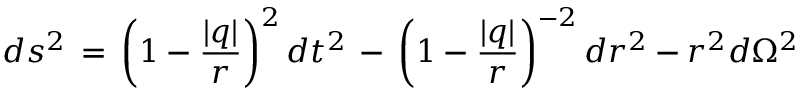
d s ^ { 2 } \, = \, \left( 1 - \frac { | q | } { r } \right) ^ { 2 } d t ^ { 2 } \, - \, \left( 1 - \frac { | q | } { r } \right) ^ { - 2 } d r ^ { 2 } - r ^ { 2 } d \Omega ^ { 2 }